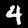
Digit: 4